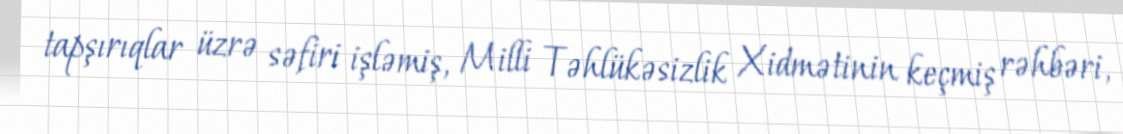
tapşırıqlar üzrə səfiri işləmiş, Milli Təhlükəsizlik Xidmətinin keçmiş rəhbəri,